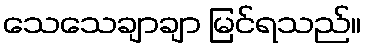
သေသေချာချာ မြင်ရသည်။